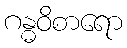
ဂန္ဓဝိစာရော